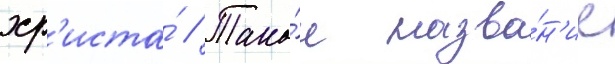
хр'иста́ // Тако́е назва́н'ие